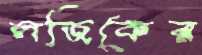
লজিকের